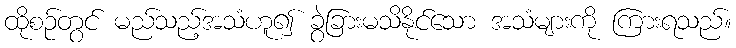
ထိုစဉ်တွင် မည်သည့်အသံဟူ၍ ခွဲခြားမသိနိုင်သော အသံများကို ကြားရသည်။